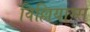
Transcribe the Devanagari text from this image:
विल्लियाम्स